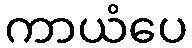
ကာယံပေ